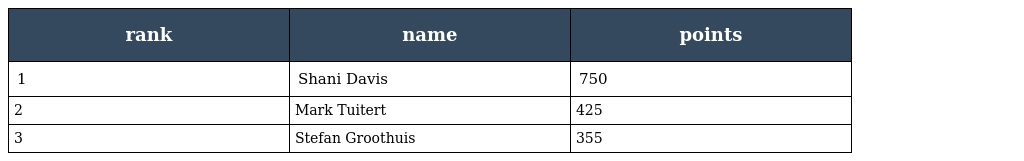
| rank | name | points |
 | --- | --- | --- |
 | 1 | Shani Davis | 750 |
 | 2 | Mark Tuitert | 425 |
 | 3 | Stefan Groothuis | 355 |